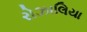
રોઝાલિયા